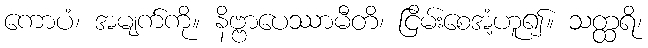
ကောပံ၊ အမျက်ကို။ နိဗ္ဗာပေဿာမီတိ၊ ငြိမ်းစေအံ့ဟူ၍။ သတ္ထရိ၊